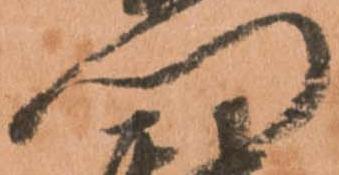
門